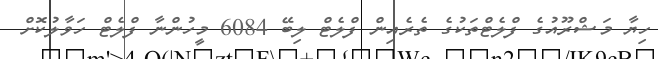
ހިޔާ މަޝްރޫއުގެ ފްލެޓްތަކުގެ ތެރެއިން ފްލެޓް ލިބޭ 6084 މީހުންނާ ފްލެޓް ހަވާލުކޮށް